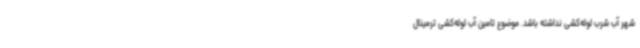
شهر آب شرب لوله‌کشی نداشته باشد. موضوع تامین آب لوله‌کشی ترمینال